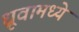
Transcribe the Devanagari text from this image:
ध्रूवामध्ये